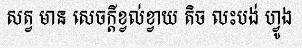
សត្វ មាន សេចក្តីខ្វល់ខ្វាយ តិច លះបង់ ហ្វូង